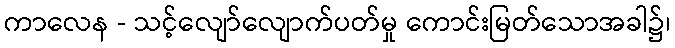
ကာလေန - သင့်လျော်လျောက်ပတ်မှု ကောင်းမြတ်သောအခါ၌၊